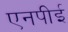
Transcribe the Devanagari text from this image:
एनपीई